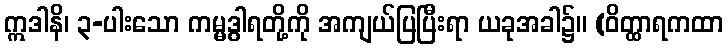
ဣဒါနိ၊ ၃-ပါးသော ကမ္မဒွါရတို့ကို အကျယ်ပြပြီးရာ ယခုအခါ၌။ (ဝိတ္ထာရကထာ